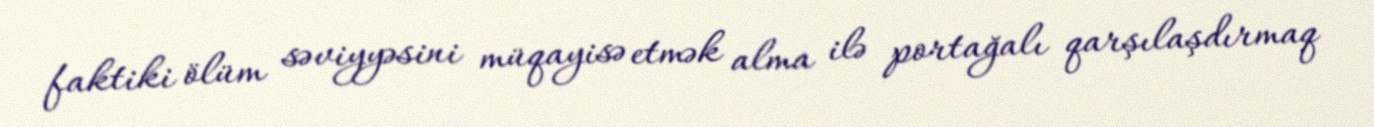
faktiki ölüm səviyyəsini müqayisə etmək alma ilə portağalı qarşılaşdırmaq